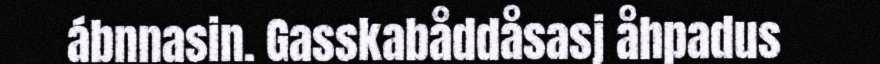
ábnnasin. Gasskabåddåsasj åhpadus